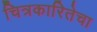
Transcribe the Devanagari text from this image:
चित्रकारितेचा